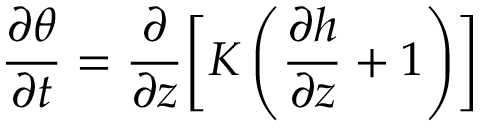
\frac { \partial \theta } { \partial t } = \frac { \partial } { \partial z } \biggl [ K \left( \frac { \partial h } { \partial z } + 1 \right) \biggr ]